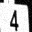
Digit: 4